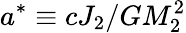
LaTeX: a^{*}\equiv cJ_{2}/GM_{2}^{2}